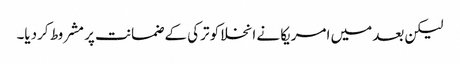
لیکن بعد میں امریکا نے انخلا کو ترکی کے ضمانت پر مشروط کردیا۔